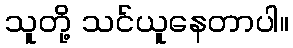
သူတို့ သင်ယူနေတာပါ။